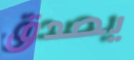
يصدق